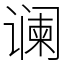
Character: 谰